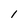
Character: 1